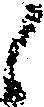
候